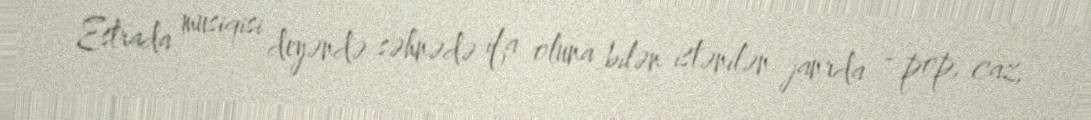
Estrada musiqisi deyəndə səhnədə ifa oluna bilən istənilən janrda - pop, caz,